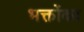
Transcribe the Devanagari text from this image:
भक्तोंका